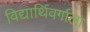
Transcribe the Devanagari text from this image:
विद्यार्थिवर्गाला